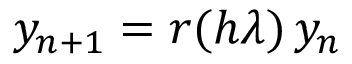
y _ { n + 1 } = r ( h \lambda ) \, y _ { n }